Report on the Civil Veterinary Department, Eastern Bengal and Assam - 1907-1911
Year: 1907
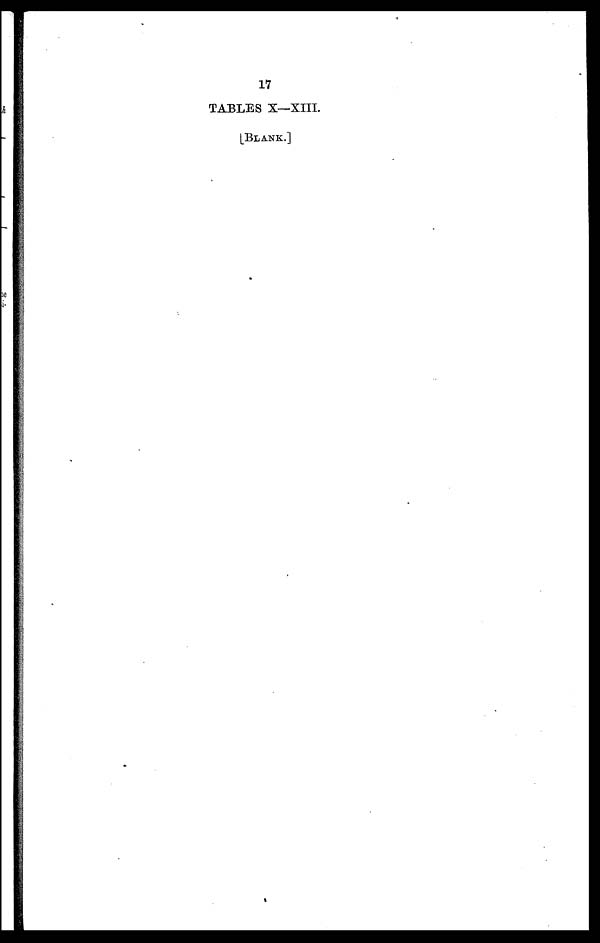
17
TABLES X—XIII.
[BLANK.]